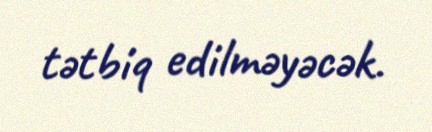
tətbiq edilməyəcək.